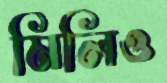
মিলিও